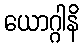
ယောဂ္ဂါနိ